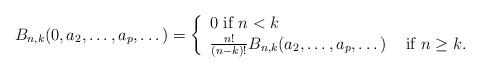
LaTeX: \begin{align*}B_{n,k}(0,a_2,\dots,a_p,\dots)=\left\{\begin{array}{ll}0\mbox{ if }n<k\\{n!\over (n-k)!}B_{n,k}(a_2,\dots,a_p,\dots)&\mbox{ if } n\geq k.\end{array}\right. \end{align*}